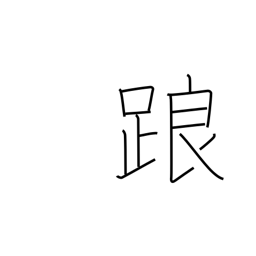
Meaning: falter